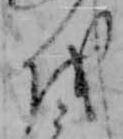
を